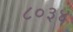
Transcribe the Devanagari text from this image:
८०३४